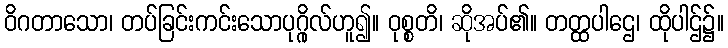
ဝိဂတာသော၊ တပ်ခြင်းကင်းသောပုဂ္ဂိုလ်ဟူ၍။ ဝုစ္စတိ၊ ဆိုအပ်၏။ တတ္ထပါဌေ၊ ထိုပါဌ်၌။